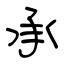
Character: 承